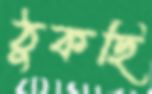
ঠুকছি